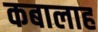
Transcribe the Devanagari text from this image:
कबालाह